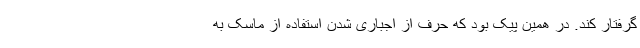
گرفتار کند. در همین پیک بود که حرف از اجباری شدن استفاده از ماسک به